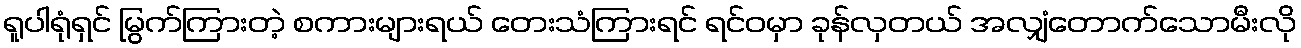
ရူပါရုံရှင် မြွက်ကြားတဲ့ စကားများရယ် တေးသံကြားရင် ရင်ဝမှာ ခုန်လှတယ် အလျှံတောက်သောမီးလို